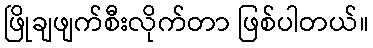
ဖြိုချဖျက်စီးလိုက်တာ ဖြစ်ပါတယ်။